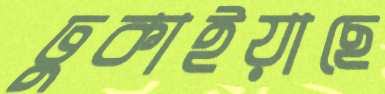
ঢুকাইয়াছে